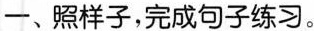
一、照样子，完成句子练习。